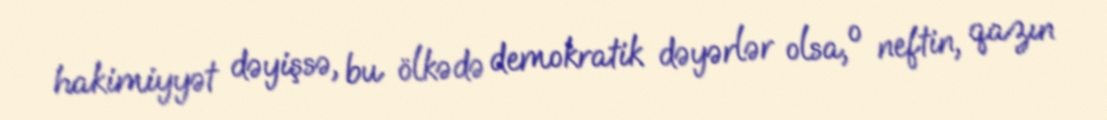
hakimiyyət dəyişsə, bu ölkədə demokratik dəyərlər olsa, o neftin, qazın